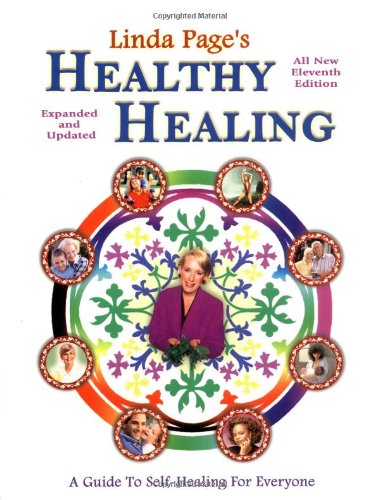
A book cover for Healthy Healing: A Guide to Self Healing for Everyone (Eleventh Edition); Linda Page PhD; Health, Fitness & Dieting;